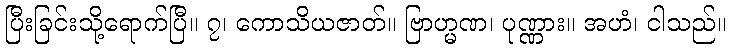
ပြီးခြင်းသို့ရောက်ပြီ။ ၇၊ ကောသိယဇာတ်။ ဗြာဟ္မဏ၊ ပုဏ္ဏား။ အဟံ၊ ငါသည်။